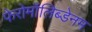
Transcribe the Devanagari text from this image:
फेरोमॉलिब्डेनम